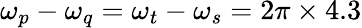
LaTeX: \omega_{p}-\omega_{q}=\omega_{t}-\omega_{s}=2\pi\times 4.3